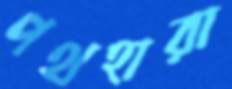
পথহারা